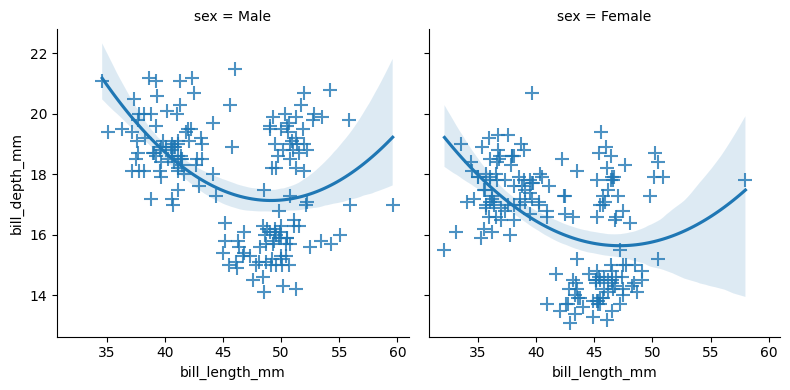
python, seaborn, lmplot, aspect=1.0, order=2, markers='+'